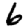
Digit: 6